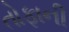
તોફાની